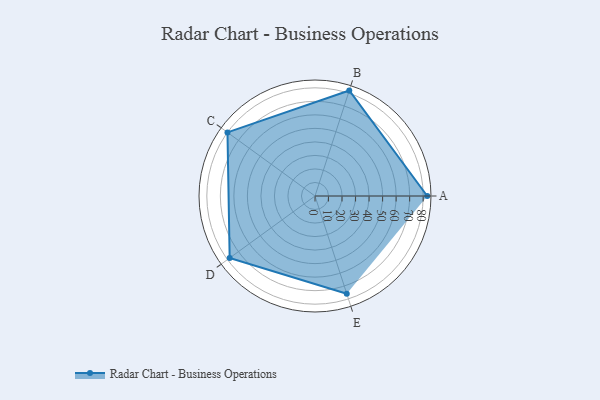
{"axis": {"x": "Skill", "y": "Score"}, "legend": ["Profile"], "data": [{"x": "A", "y": 83.0, "type": "Profile"}, {"x": "B", "y": 82.0, "type": "Profile"}, {"x": "C", "y": 80.0, "type": "Profile"}, {"x": "D", "y": 78.0, "type": "Profile"}, {"x": "E", "y": 76.0, "type": "Profile"}]}